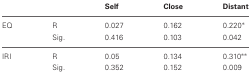
|  |  | Self | Close | Distant |
 | --- | --- | --- | --- | --- |
 | EQ | R | 0.027 | 0.162 | 0.220* |
 |  | Sig. | 0.416 | 0.103 | 0.042 |
 | IRI | R | 0.05 | 0.134 | 0.310** |
 |  | Sig. | 0.352 | 0.152 | 0.009 |